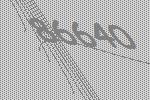
86640